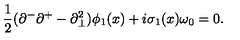
{ \frac { 1 } { 2 } } ( \partial ^ { - } \partial ^ { + } - \partial _ { \bot } ^ { 2 } ) \phi _ { 1 } ( x ) + i \sigma _ { 1 } ( x ) \omega _ { 0 } = 0 .